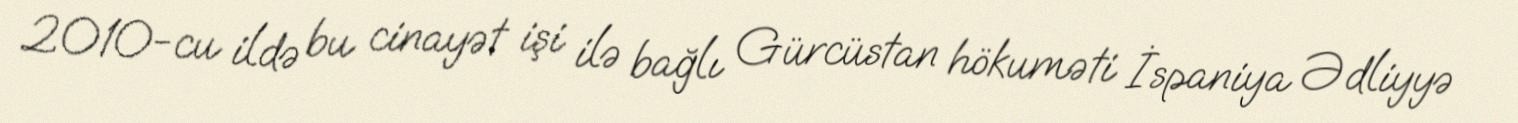
2010-cu ildə bu cinayət işi ilə bağlı Gürcüstan hökuməti İspaniya Ədliyyə